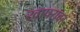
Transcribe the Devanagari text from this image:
खापरावर